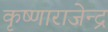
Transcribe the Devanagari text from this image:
कृष्णाराजेन्द्र